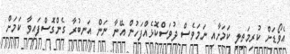
އެވޯޑަށް ކުރިމަތިލި ކަމަށާއި ނަމަވެސް ދުވަސްކޮޅެއްފަހުން އޭނާ ނަން އަނބުރާ ގެންގޮސްފައިވާ ކަމަށް